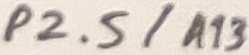
Text: P2.5/A13